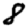
Digit: 8